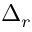
\Delta _ { r }